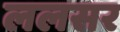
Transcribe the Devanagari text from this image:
ललसर